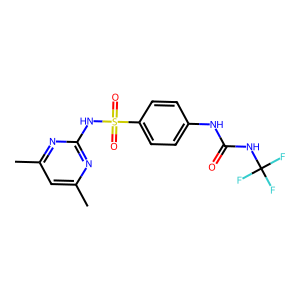
SMILES: Cc1cc(C)nc(NS(=O)(=O)c2ccc(NC(=O)NC(F)(F)F)cc2)n1
Inhibits HIV replication: No